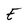
Character: E